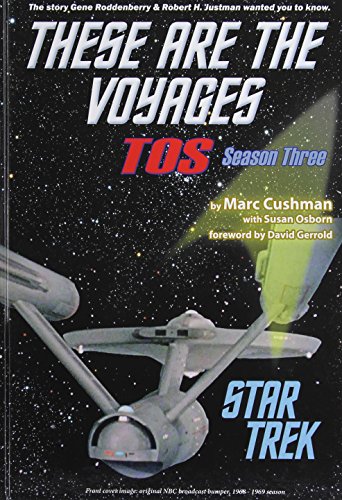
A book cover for These Are the Voyages: Tos: Season 3 (Star Trek: These Are the Voyages); Marc Cushman; Humor & Entertainment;